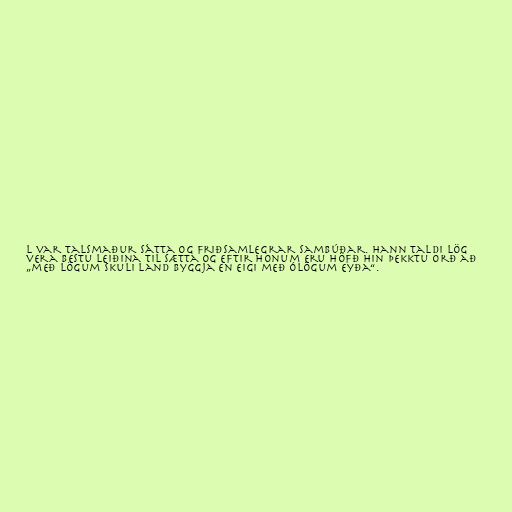
l var talsmaður sátta og friðsamlegrar sambúðar. Hann taldi lög
vera bestu leiðina til sætta og eftir honum eru höfð hin þekktu orð að
„með lögum skuli land byggja en eigi með ólögum eyða“.